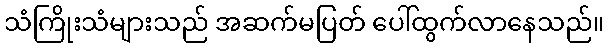
သံကြိုးသံများသည် အဆက်မပြတ် ပေါ်ထွက်လာနေသည်။